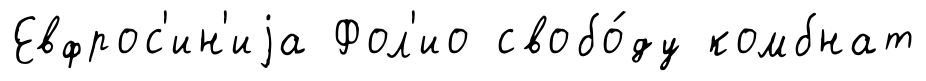
Евфрос'ин'иjа Фол'ио свобо́ду комбнат